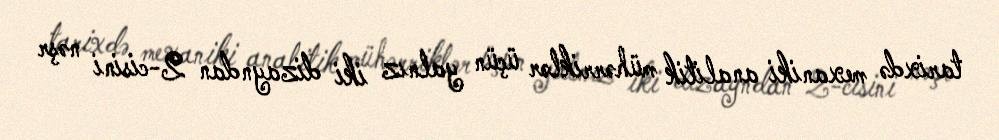
tarixdə mexaniki analitik mühərriklər üçün yalnız iki dizayndan 2-cisini nəşr